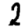
Digit: 2